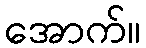
အောက်။